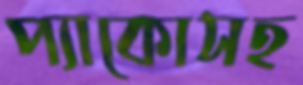
প্যাকোসহ